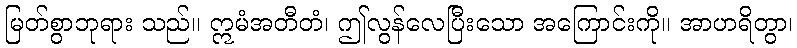
မြတ်စွာဘုရား သည်။ ဣမံအတီတံ၊ ဤလွန်လေပြီးသော အကြောင်းကို။ အာဟရိတွာ၊